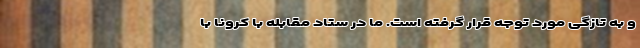
و به تازگی مورد توجه قرار گرفته است. ما در ستاد مقابله با کرونا با